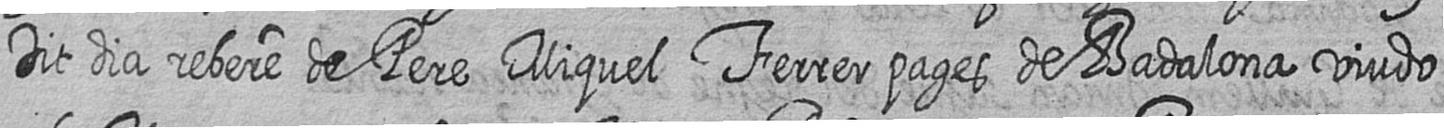
Dit dia rebere de Pere Miquel Ferrer pages de Badalona viudo